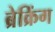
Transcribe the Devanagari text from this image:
ब्रेक्रिंग